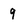
Character: 9